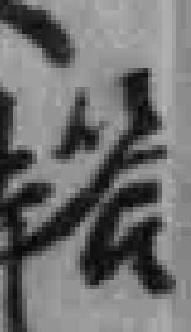
答